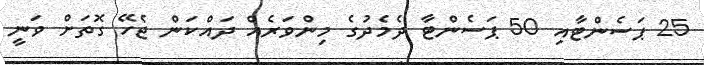
25 ޕަސެންޓާއި 50 ޕަސެންޓާ ދެމެދުގެ މިންވަރެއް ދައްކަން ޖެހޭ ގޮތަށް ވަނީ